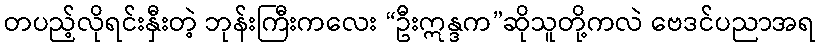
တပည့်လိုရင်းနှီးတဲ့ ဘုန်းကြီးကလေး “ဦးဣန္ဒက”ဆိုသူတို့ကလဲ ဗေဒင်ပညာအရ